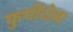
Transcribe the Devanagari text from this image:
कुर्मीटोला